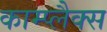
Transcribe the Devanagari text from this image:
काम्प्लैक्स